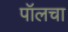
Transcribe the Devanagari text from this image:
पॉलचा